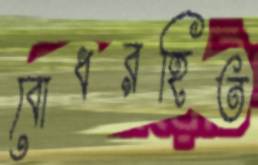
বোধরহিত